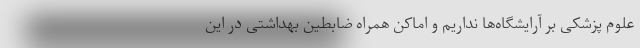
علوم پزشکی بر آرایشگاه‌ها نداریم و اماکن همراه ضابطین بهداشتی در این